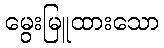
မွေးမြူထားသော